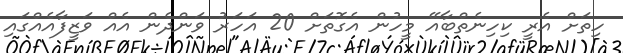
ހިތަށް އެރީ ކިހިނެތްބާއޭ މީހުން އެގޮތަށް 20 އަހަރު ވަންދެން އެއް ވަޒީފާއެއްގައި